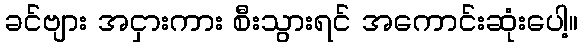
ခင်ဗျား အငှားကား စီးသွားရင် အကောင်းဆုံးပေါ့။